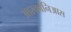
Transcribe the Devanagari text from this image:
आरकोनिआस